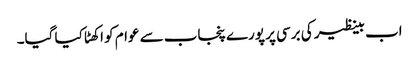
اب بینظیر کی برسی پر پورے پنجاب سے عوام کو اکھٹا کیا گیا۔